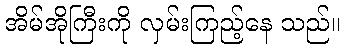
အိမ်အိုကြီးကို လှမ်းကြည့်နေ သည်။